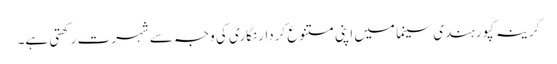
کرینہ کپور ہندی سینما میں اپنی متنوع کردار نگاری کی وجہ سے شہرت رکھتی ہے۔